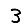
Digit: 3